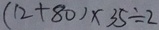
( 1 2 + 8 0 ) \times 3 5 \div 2